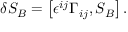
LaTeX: \delta S _ { B } = \left[ \epsilon ^ { i j } \Gamma _ { i j } , S _ { B } \right] .